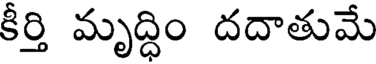
కీర్తి మృద్ధిం దదాతుమే